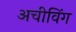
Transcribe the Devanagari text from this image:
अचीविंग